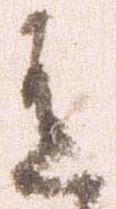
有